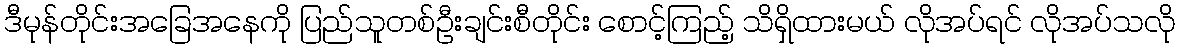
ဒီမုန်တိုင်းအခြေအနေကို ပြည်သူတစ်ဦးချင်းစီတိုင်း စောင့်ကြည့် သိရှိထားမယ် လိုအပ်ရင် လိုအပ်သလို